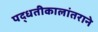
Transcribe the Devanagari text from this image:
पद्धतीकालांतराने